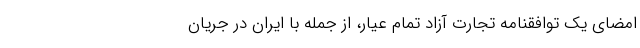
امضای یک توافقنامه تجارت آزاد تمام عیار، از جمله با ایران در جریان